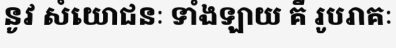
នូវ សំយោជនៈ ទាំងឡាយ គឺ រូបរាគៈ